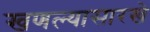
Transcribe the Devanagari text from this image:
खणल्यासारखे